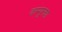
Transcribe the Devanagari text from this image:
कम्यूनचा